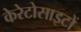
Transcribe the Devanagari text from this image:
केरेटोसाइटों